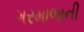
ગરમાળાની